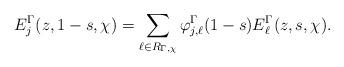
LaTeX: \begin{align*}E_j^{\Gamma}(z, 1-s, \chi)=\sum_{\ell\in R_{\Gamma, \chi}} \varphi_{j, \ell}^{\Gamma}(1-s) E_\ell^{\Gamma}(z, s, \chi).\end{align*}